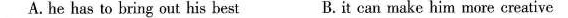
A. he has to bring out his best B.it can make him more creative